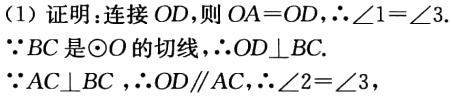
（1）证明：连接 \(OD\)，则 \(OA = OD\)，\(\therefore\angle1=\angle3\)。

\(\because BC\) 是 \(\odot O\) 的切线，\(\therefore OD\perp BC\)。

\(\because AC\perp BC\)，\(\therefore OD\parallel AC\)，\(\therefore\angle2 = \angle3\)，